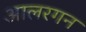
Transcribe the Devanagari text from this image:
आलरगन